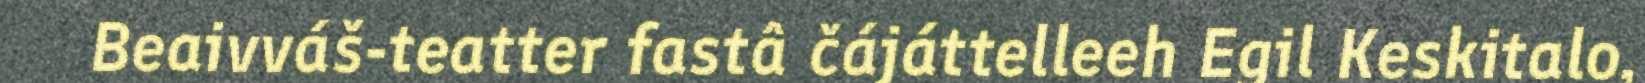
Beaivváš-teatter fastâ čájáttelleeh Egil Keskitalo,